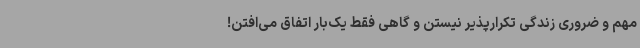
مهم و ضروری زندگی تکرارپذیر نیستن و گاهی فقط یک‌بار اتفاق می‌افتن!